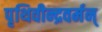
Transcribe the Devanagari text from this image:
पृथिवीन्द्रवर्मन्